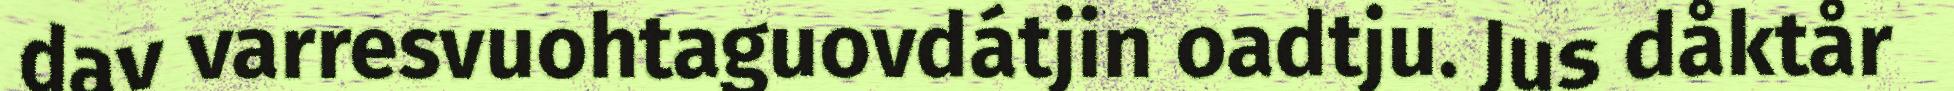
dav varresvuohtaguovdátjin oadtju. Jus dåktår